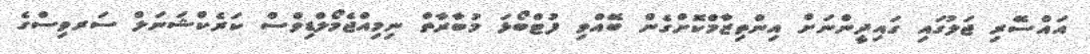
އައްސޭރި ޖަލުގައި ގައިދީންނަށް އިންތިޒާމްކޮށްގެން ބޭއްވި ފުޓްބޯޅަ މުބާރާތް ނިމިއްޖެމޯލްޑިވްސް ކަރެކްޝަނަލް ސަރވިސްގެ